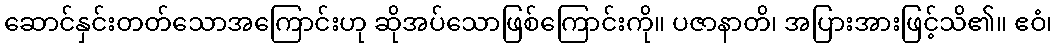
ဆောင်နှင်းတတ်သောအကြောင်းဟု ဆိုအပ်သောဖြစ်ကြောင်းကို။ ပဇာနာတိ၊ အပြားအားဖြင့်သိ၏။ ဧဝံ၊